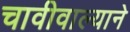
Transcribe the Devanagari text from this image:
चावीवाल्याने